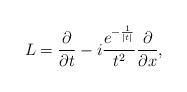
LaTeX: \begin{align*}L=\frac{\partial}{\partial t} -i\frac{e^{-\frac{1}{|t|}}}{t^2}\frac{\partial}{\partial x},\end{align*}